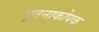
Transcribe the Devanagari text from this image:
पूतनाकोपक